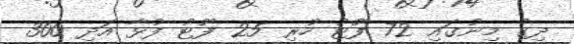
ދިގު މިނުގައި 72 ފޫޓު ހުރި 25 ފޫޓު ފުޅާ އަދި 300